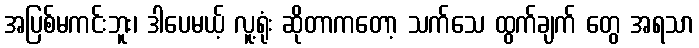
အပြစ်မကင်းဘူး၊ ဒါပေမယ့် လူ့ရုံး ဆိုတာကတော့ သက်သေ ထွက်ချက် တွေ အရသာ